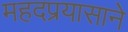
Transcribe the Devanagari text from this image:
महदप्रयासाने